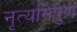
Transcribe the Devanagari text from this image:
नृत्यनिपुण